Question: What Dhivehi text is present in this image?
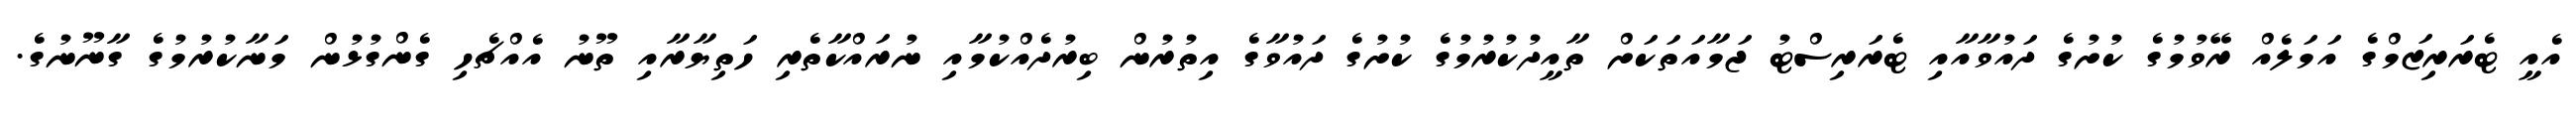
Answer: އެއީ ޓެރަރިޒަމްގެ އަމަލެއް ރޭވުމުގެ ކުށުގެ ދައުވާއާއި ޓެރަރިސްޓު ޖަމާއަތަކަށް ތާއީދުކުރުމުގެ ކުށުގެ ދައުވާގެ އިތުރުން ބިރުދެއްކުމާއި ނުރައްކާތެރި ހަތިޔާރާއި ތޫނު އެއްޗެހި ގެންގުޅުން މަނާކުރުމުގެ ގާނޫނުގެ.